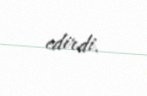
edirdi.